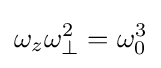
\omega _{z}\omega _{\perp }^{2}=\omega _{0}^{3}